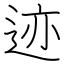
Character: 迹